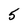
Character: 5